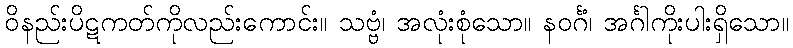
ဝိနည်းပိဋကတ်ကိုလည်းကောင်း။ သဗ္ဗံ၊ အလုံးစုံသော။ နဝင်္ဂံ၊ အင်္ဂါကိုးပါးရှိသော။